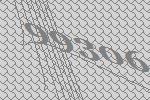
99306